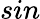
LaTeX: sin